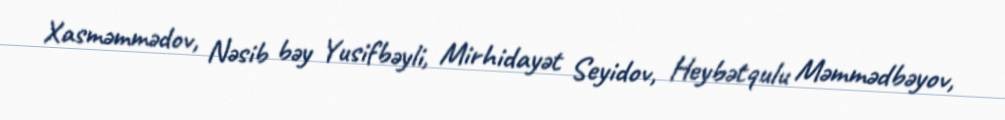
Xasməmmədov, Nəsib bəy Yusifbəyli, Mirhidayət Seyidov, Heybətqulu Məmmədbəyov,